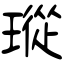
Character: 瑽